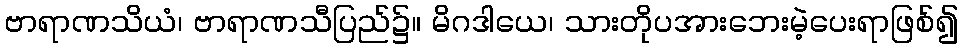
ဗာရာဏသိယံ၊ ဗာရာဏသီပြည်၌။ မိဂဒါယေ၊ သားတိုပအားဘေးမဲ့ပေးရာဖြစ်၍